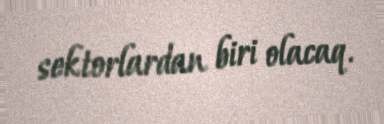
sektorlardan biri olacaq.